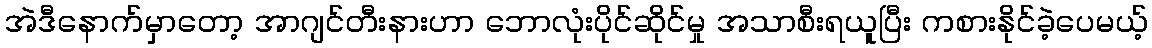
အဲဒီနောက်မှာတော့ အာဂျင်တီးနားဟာ ဘောလုံးပိုင်ဆိုင်မှု အသာစီးရယူပြီး ကစားနိုင်ခဲ့ပေမယ့်